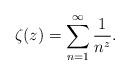
LaTeX: \begin{align*}\zeta(z)=\sum_{n=1}^{\infty}\frac{1}{n^z}.\end{align*}